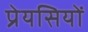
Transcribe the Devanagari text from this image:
प्रेयसियों